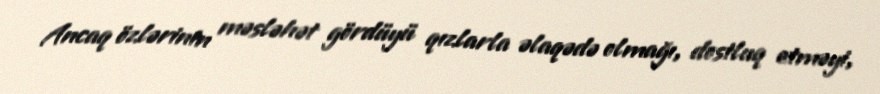
Ancaq özlərinin məsləhət gördüyü qızlarla əlaqədə olmağı, dostluq etməyi,